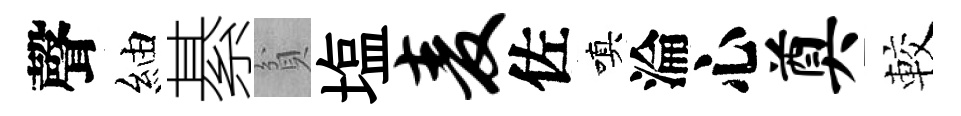
聲紬綦貧塩麦佐嗔淪心奠較